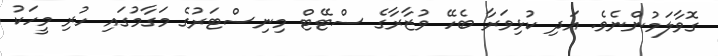
ގޮވާލަމުންނެވެ. އަދި ކުޅިވަރާ ބެހޭ ވުޒާރާގެ ސްޓޭޓް މިނިސްޓަރުގެ މަގާމުގައި ހުރި މީހަކު